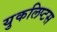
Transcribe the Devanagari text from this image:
युकलिप्टस